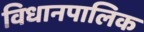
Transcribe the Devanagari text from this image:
विधानपालिक